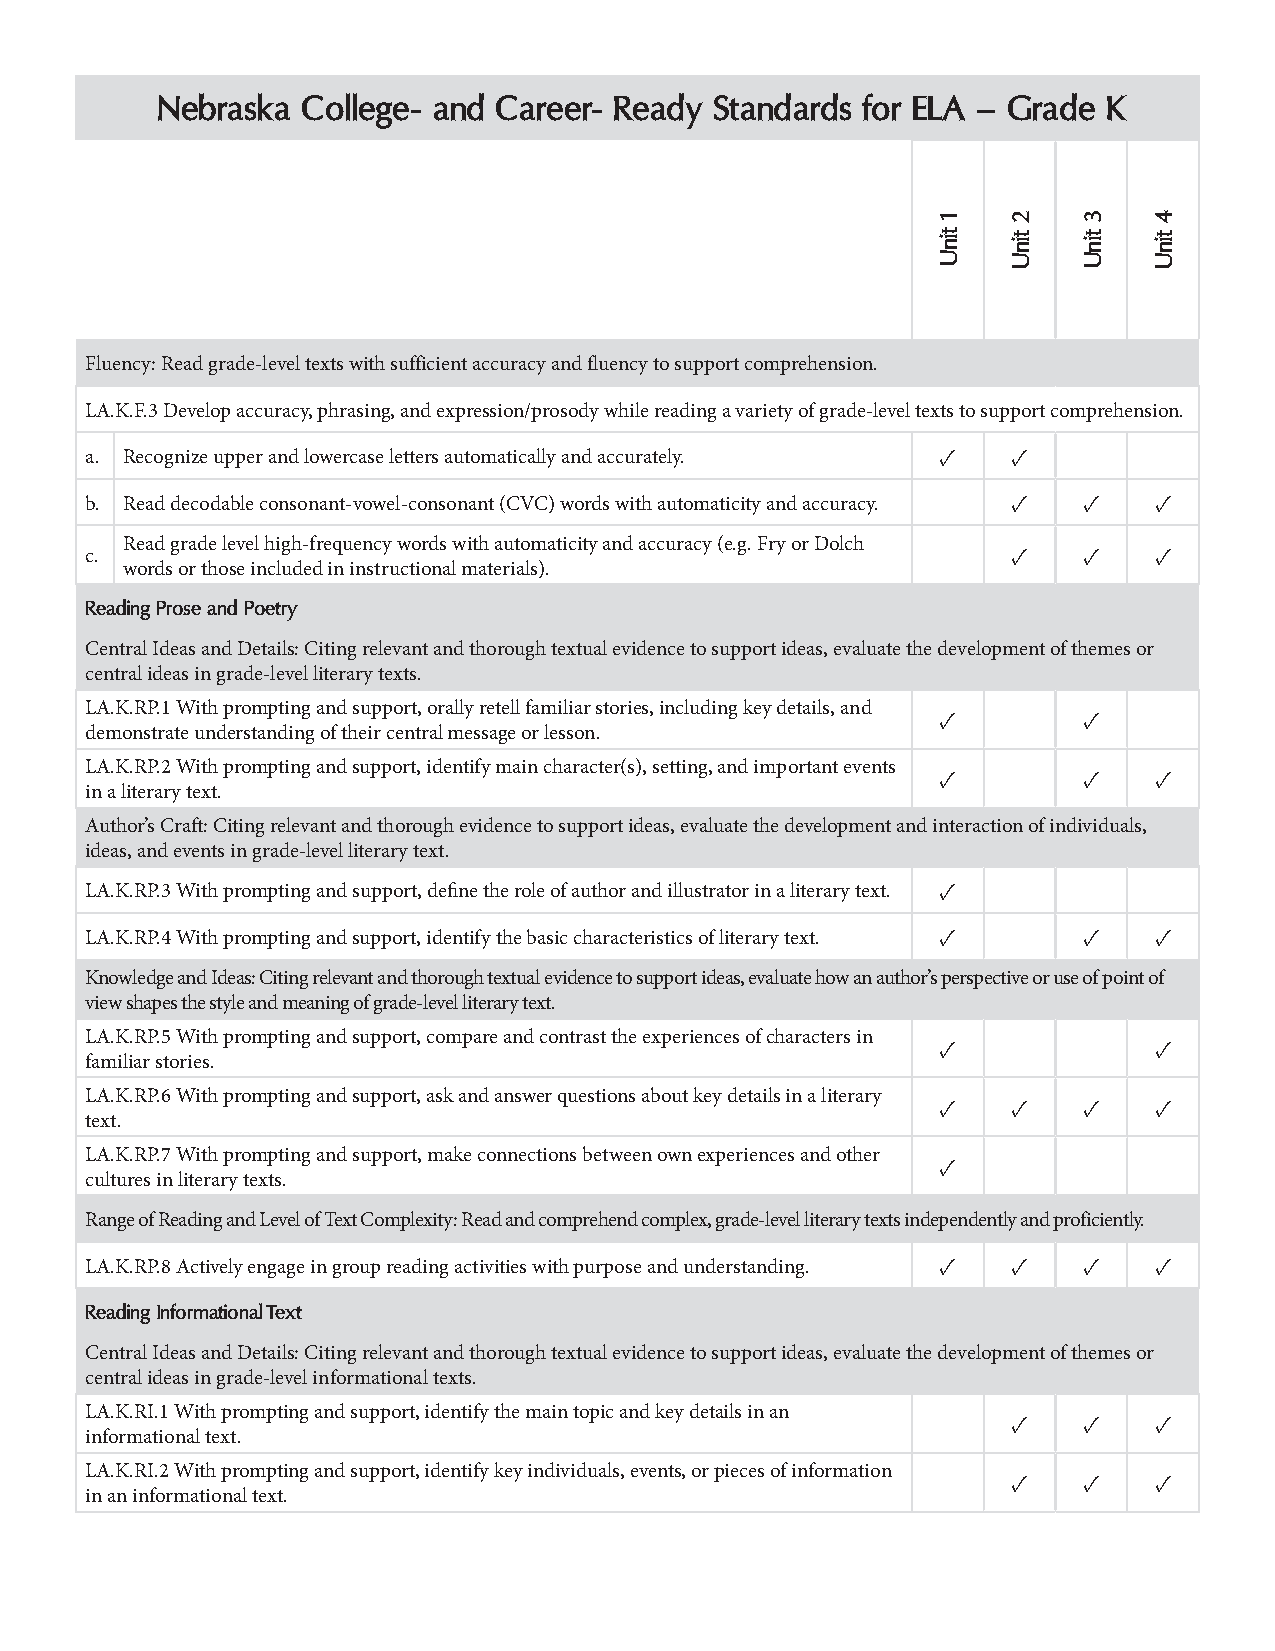
Nebraska  College- and Career- Ready Standards for ELA – Grade K
 Fluency: Read grade-level texts with sufficient accuracy and fluency to support comprehension.
 LA.K.F.3 Develop accuracy, phrasing, and expression/prosody while reading a variety of grade-level texts to support comprehension.
 a. Recognize upper and lowercase letters automatically and accurately. ✓ ✓
 b. Read decodable consonant-vowel-consonant (CVC) words with automaticity and accuracy. ✓ ✓ ✓
 Read grade level high-frequency words with automaticity and accuracy (e.g. Fry or Dolch
 c.                                                           ✓    ✓   ✓
 words or those included in instructional materials).
 Reading Prose and Poetry
 Central Ideas and Details: Citing relevant and thorough textual evidence to support ideas, evaluate the development of themes or
 central ideas in grade-level literary texts.
 LA.K.RP.1 With prompting and support, orally retell familiar stories, including key details, and
 ✓         ✓
 demonstrate understanding of their central message or lesson.
 LA.K.RP.2 With prompting and support, identify main character(s), setting, and important events
 ✓         ✓   ✓
 in a literary text.
 Author’s Craft: Citing relevant and thorough evidence to support ideas, evaluate the development and interaction of individuals,
 ideas, and events in grade-level literary text.
 LA.K.RP.3 With prompting and support, define the role of author and illustrator in a literary text. ✓
 LA.K.RP.4 With prompting and support, identify the basic characteristics of literary text. ✓ ✓ ✓
 Knowledge and Ideas: Citing relevant and thorough textual evidence to support ideas, evaluate how an author’s perspective or use of point of
 view shapes the style and meaning of grade-level literary text.
 LA.K.RP.5 With prompting and support, compare and contrast the experiences of characters in
 ✓             ✓
 familiar stories.
 LA.K.RP.6 With prompting and support, ask and answer questions about key details in a literary
 ✓    ✓    ✓   ✓
 text.
 LA.K.RP.7 With prompting and support, make connections between own experiences and other
 ✓
 cultures in literary texts.
 Range of Reading and Level of Text Complexity: Read and comprehend complex, grade-level literary texts independently and proficiently.
 LA.K.RP.8 Actively engage in group reading activities with purpose and understanding. ✓ ✓ ✓ ✓
 Reading Informational Text
 Central Ideas and Details: Citing relevant and thorough textual evidence to support ideas, evaluate the development of themes or
 central ideas in grade-level informational texts.
 LA.K.RI.1 With prompting and support, identify the main topic and key details in an
 ✓    ✓   ✓
 informational text.
 LA.K.RI.2 With prompting and support, identify key individuals, events, or pieces of information
 ✓    ✓   ✓
 in an informational text.
 1
 tinU
 2
 tinU
 3
 tinU
 4
 tinU